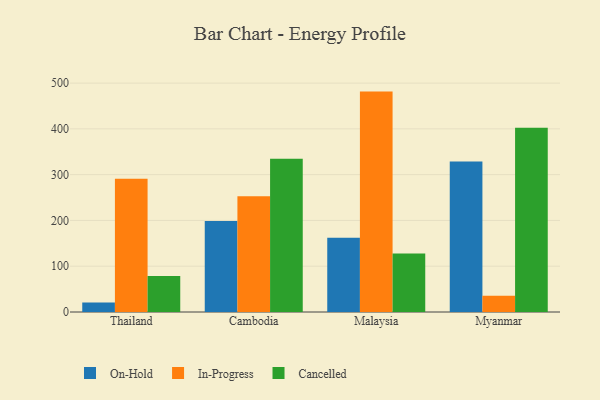
{"axis": {"x": "Country", "y": "Shipments"}, "legend": ["Cancelled", "In-Progress", "On-Hold"], "data": [{"x": "Thailand", "y": 20.9, "type": "On-Hold"}, {"x": "Thailand", "y": 291.1, "type": "In-Progress"}, {"x": "Thailand", "y": 78.9, "type": "Cancelled"}, {"x": "Cambodia", "y": 198.6, "type": "On-Hold"}, {"x": "Cambodia", "y": 252.6, "type": "In-Progress"}, {"x": "Cambodia", "y": 334.6, "type": "Cancelled"}, {"x": "Malaysia", "y": 162.0, "type": "On-Hold"}, {"x": "Malaysia", "y": 481.4, "type": "In-Progress"}, {"x": "Malaysia", "y": 127.6, "type": "Cancelled"}, {"x": "Myanmar", "y": 328.7, "type": "On-Hold"}, {"x": "Myanmar", "y": 35.4, "type": "In-Progress"}, {"x": "Myanmar", "y": 402.7, "type": "Cancelled"}]}